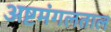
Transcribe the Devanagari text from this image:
अष्टमंगलताल